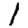
Digit: 1